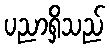
ပညာရှိသည်